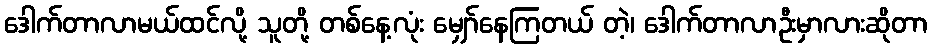
ဒေါက်တာလာမယ်ထင်လို့ သူတို့ တစ်နေ့လုံး မျှော်နေကြတယ် တဲ့၊ ဒေါက်တာလာဦးမှာလားဆိုတာ